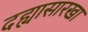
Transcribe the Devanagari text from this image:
दह्यासारखा